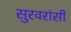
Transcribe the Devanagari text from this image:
सुरवरांसी